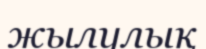
жылулық